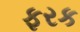
ફરક